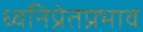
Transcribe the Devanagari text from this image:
ध्वनिप्रेतप्रभाव